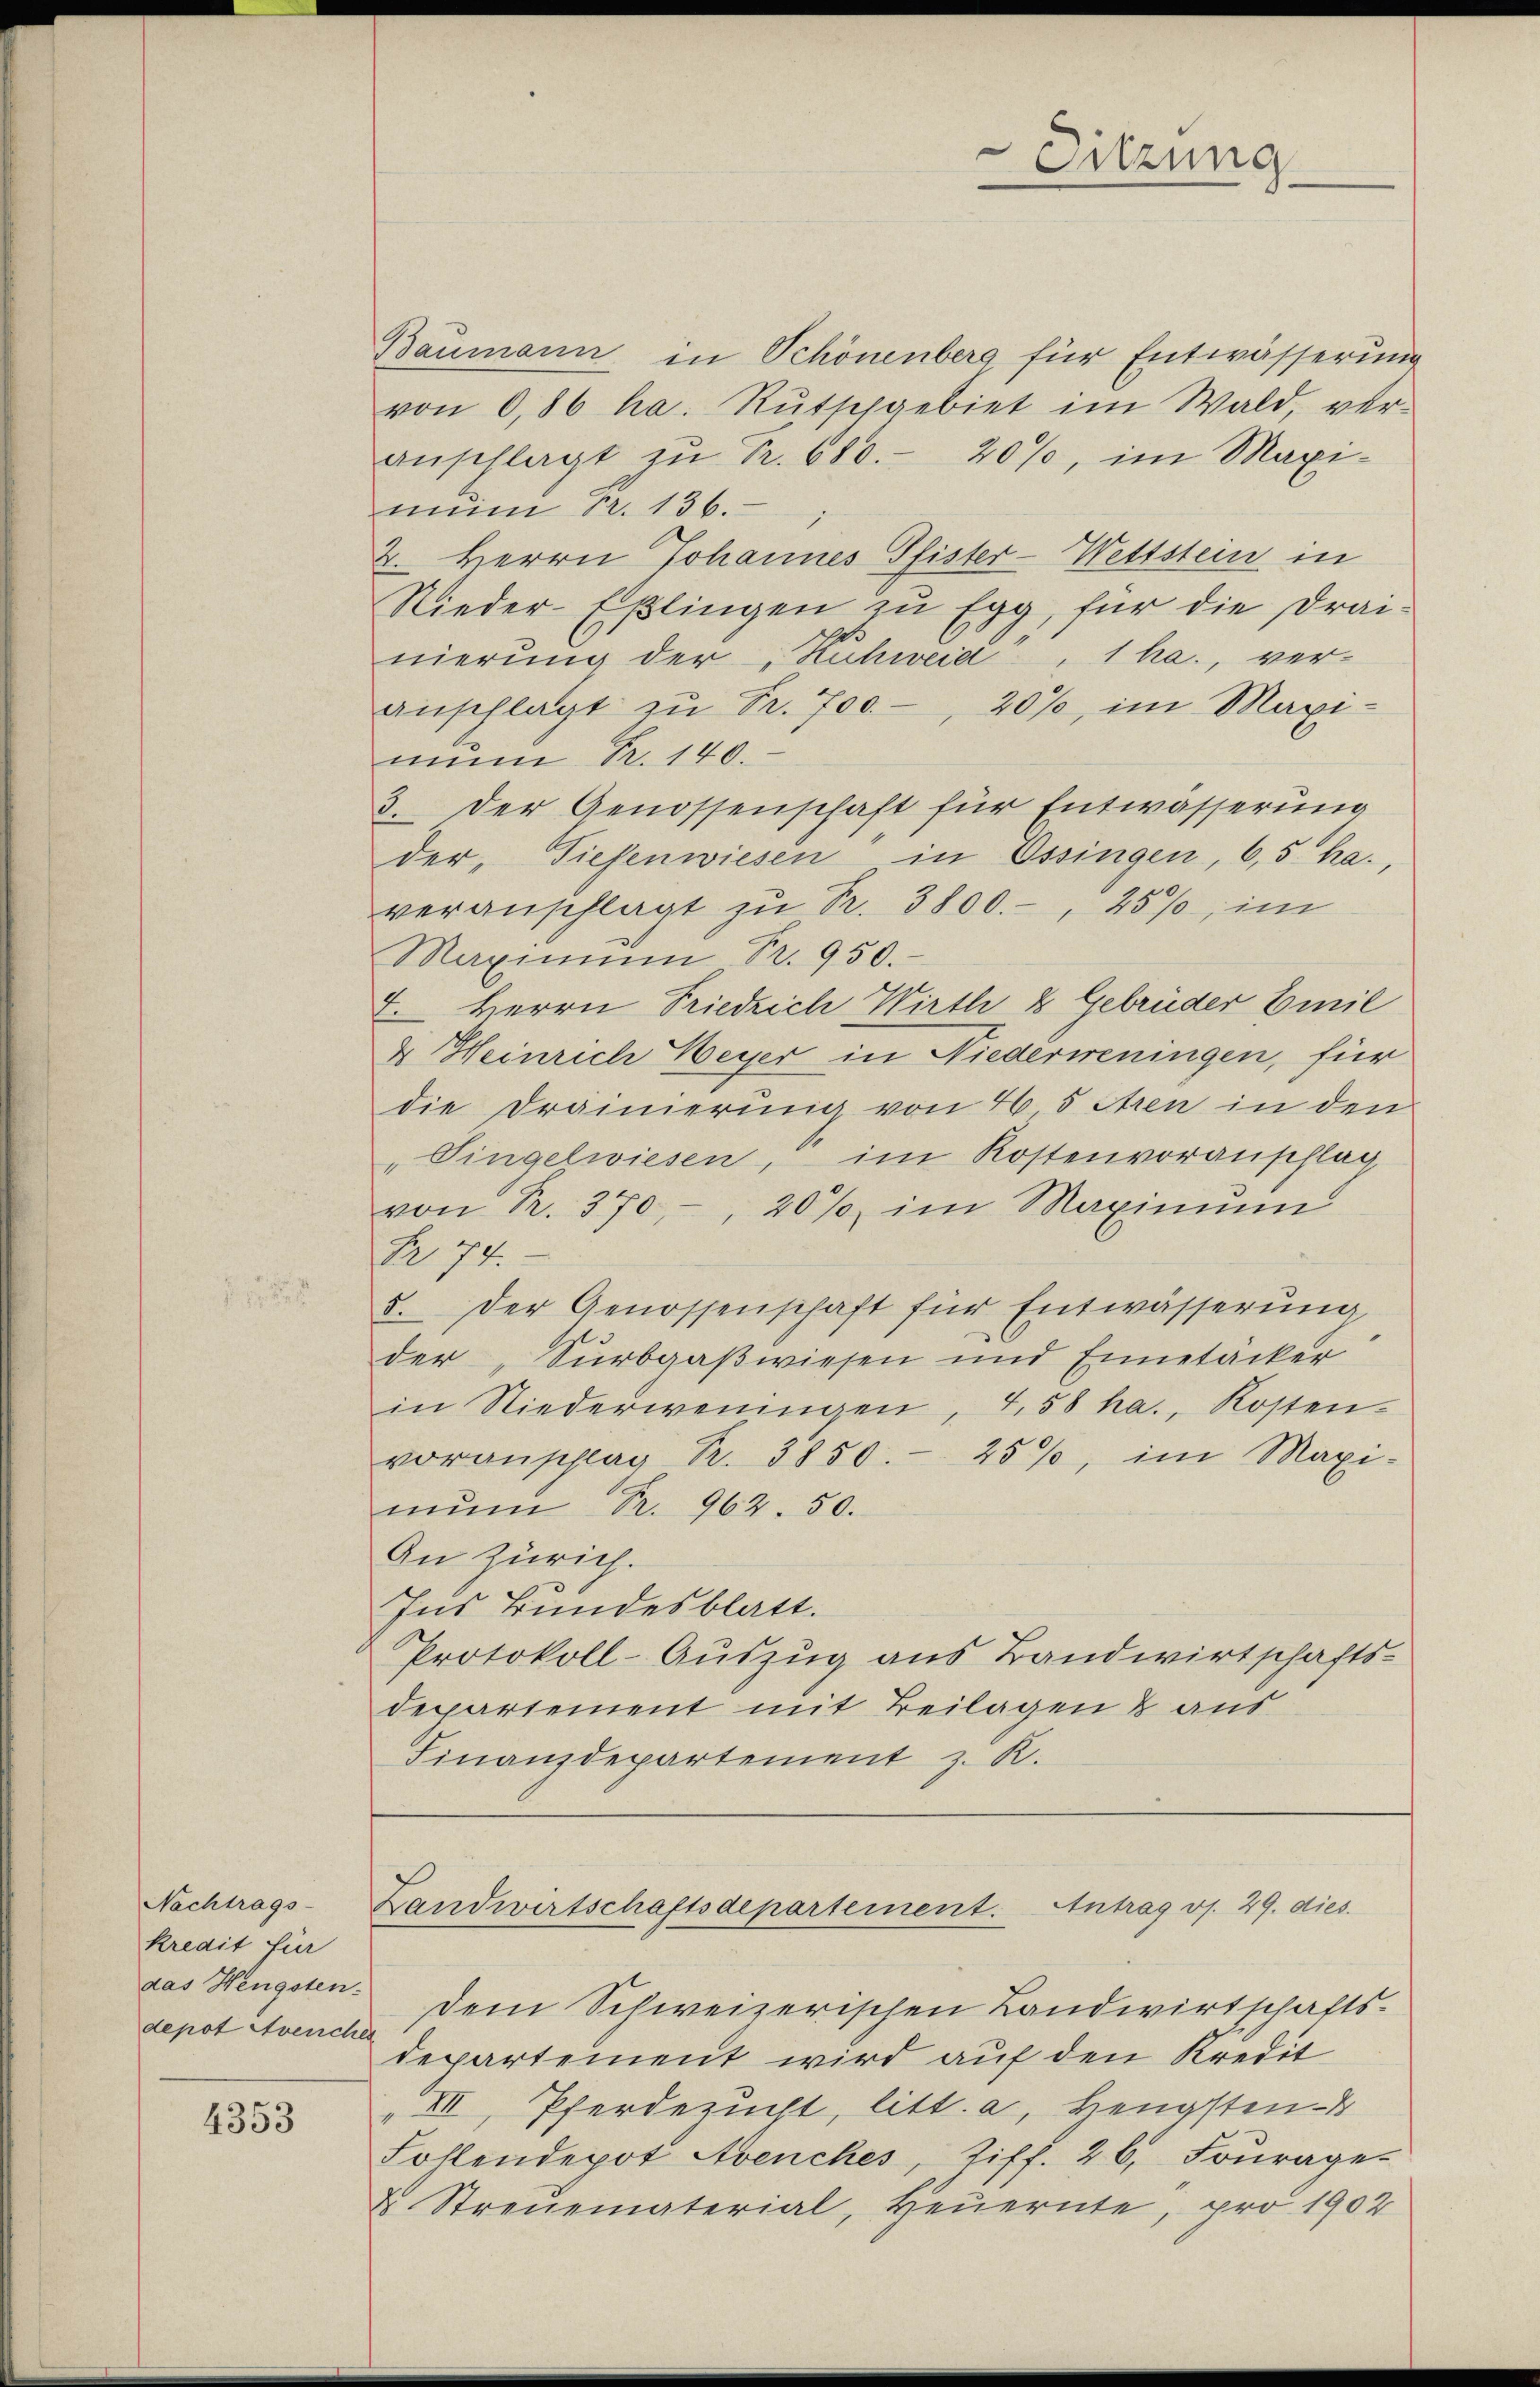
Nachtrags-
kredit für
das Hengsten.
depot Avencher

4353

Baumann in Schönenberg für Entwässerung
von 0,86 ha. Rutschgebiet im Wald, veranschlagt zŭ Fr. 680. 20%, im Maxi-
mun Nr. 136.
2. Herrn Johannes Pfister-Wettstein in
Nieder-Eßlingen zu Egg, für die Drainierung der Kühweid, 1 ha., veranschlagt zu Pr. 700, 20%, im Maximun R. 140.
3. Der Genossenschaft für Entwässerung
der, Tiefenwiesen in Ossingen, 6,5 ha.,
veranschlagt zŭ Pr. 3800.-, 25%, im
Maximum Fr. 950.
7. Herrn Friedrich Wirth & Gebrüder Emil
4 Heinrich Weyer in Niederweningen, für
die Draimerung von 46 5 Aren in den
"Singelwiesen, im Kostenvoranschlag
von R. 370, 20% im Maximum
Fr. 74.
5. Der Genossenschaft für Entwässerŭng
der „Surbgaßwiesen und Einetacker
in Niederweningen, 458 ha., Kosten.
voranschlag R. 3850.- 25%, im Maxi-
mŭn R. 962. 50.
In Zürich.
Ins Bundesblatt.
Protokoll-Auszug aus Bandwirtschafts-
Departement mit Beilagen & aus
Finanzdepartement z. R.

dem Schweizerischen Landwirtschaftsdepartement wird auf den Kredit
VII, Pferdezucht, litt. a, Hengsten
Follendepot Avenches Ziff. 26. Fourage-
x Streuematerial, Heuernte, pro 1902

Sitzung

Landwirtschaftsdepartement. Antrag v. 29. dies